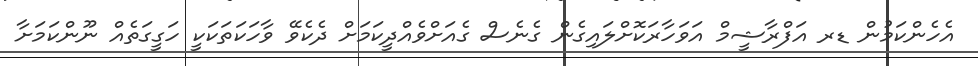
އެހެންކަމުން ޑރ އަފްރާޝީމް އަވަހާރަކޮށްލައިގެން ގެނެސް ގެއަށްވެއްދީކަމަށް ދެކެވޭ ވާހަކަތަކަކީ ހަގީގަތެއް ނޫންކަމަށާ